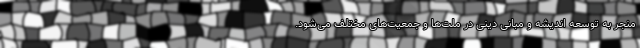
منجر به توسعه اندیشه و مبانی دینی در ملت‌ها و جمعیت‌های مختلف می‌شود.